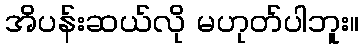
အိပန်းဆယ်လို မဟုတ်ပါဘူး။